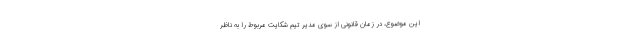
این موضوع، در زمان قانونی از سوی مدیر تیم شکایت مربوط را به ناظر